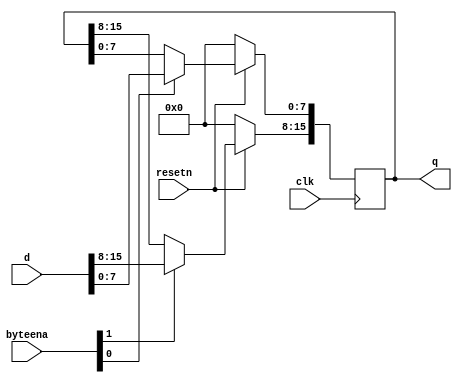
module top_module (
    input clk,
    input resetn,
    input [1:0] byteena,
    input [15:0] d,
    output [15:0] q
);
    always @(posedge clk) begin
        if(~resetn)
            q <= 16'b0;
        else begin
            if(byteena[0]) q[7:0] <= d[7:0];
            if(byteena[1]) q[15:8] <= d[15:8];
        end 
    end

endmodule